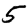
Digit: 5